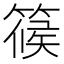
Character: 𥱌